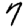
Digit: 7